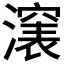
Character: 𣿵